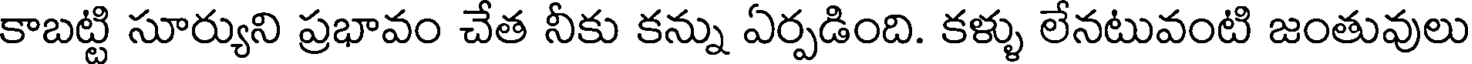
కాబట్టి సూర్యుని ప్రభావం చేత నీకు కన్ను ఏర్పడింది. కళ్ళు లేనటువంటి జంతువులు